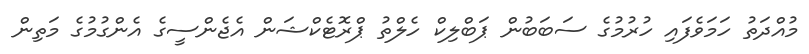
މުއްދަތު ހަމަވެފައި ހުރުމުގެ ސަބަބުން ޕަބްލިކް ހެލްތު ޕްރޮޓެކްޝަން އެޖެންސީގެ އެންގުމުގެ މަތިން